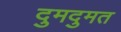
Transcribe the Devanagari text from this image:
दुमदुमत